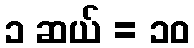
၁ ဆယ် = ၁၀